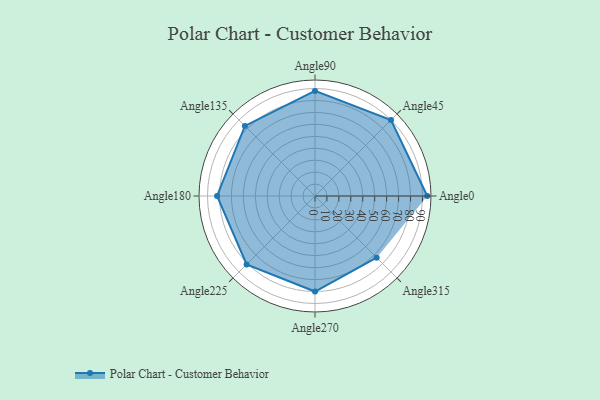
{"axis": {"x": "Angle", "y": "Radius"}, "legend": [""], "data": [{"x": "Angle0", "y": 94.0, "type": ""}, {"x": "Angle45", "y": 90.0, "type": ""}, {"x": "Angle90", "y": 88.0, "type": ""}, {"x": "Angle135", "y": 83.0, "type": ""}, {"x": "Angle180", "y": 82.0, "type": ""}, {"x": "Angle225", "y": 81.0, "type": ""}, {"x": "Angle270", "y": 80.0, "type": ""}, {"x": "Angle315", "y": 73.0, "type": ""}]}